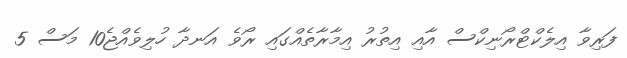
ފަރިވާ އިލެކްޓްރޯނިކްސް އާއި އިތުރު އިމާރާތެއްގައި ރޯވެ އަނދާ ހުލިވެއްޖެ10 މަސް 5